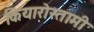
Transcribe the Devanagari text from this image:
कियारोस्तामी